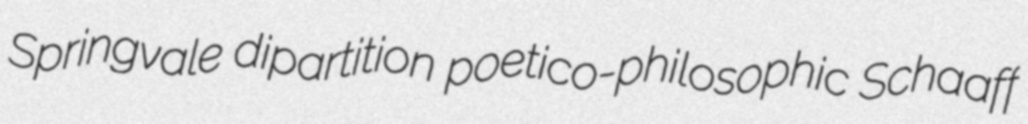
Springvale dipartition poetico-philosophic Schaaff